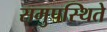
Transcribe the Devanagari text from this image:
समुपस्थिते